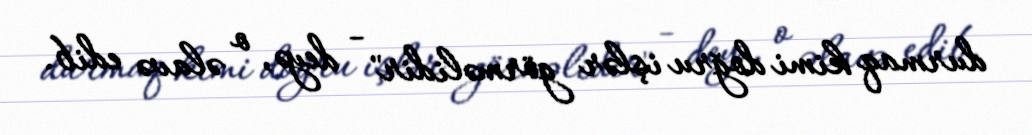
durmaq kimi doğru işlər görməlidir" - deyə, o əlavə edib.